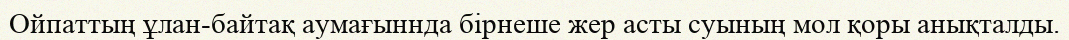
Ойпаттың ұлан-байтақ аумағыннда бірнеше жер асты суының мол қоры анықталды.